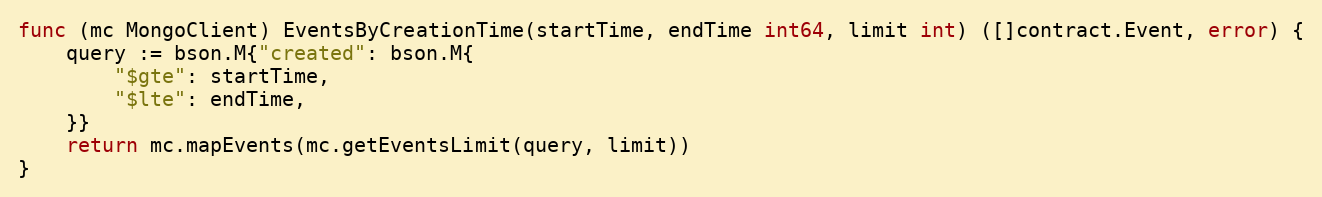
Language: Go
func (mc MongoClient) EventsByCreationTime(startTime, endTime int64, limit int) ([]contract.Event, error) {
	query := bson.M{"created": bson.M{
		"$gte": startTime,
		"$lte": endTime,
	}}
	return mc.mapEvents(mc.getEventsLimit(query, limit))
}